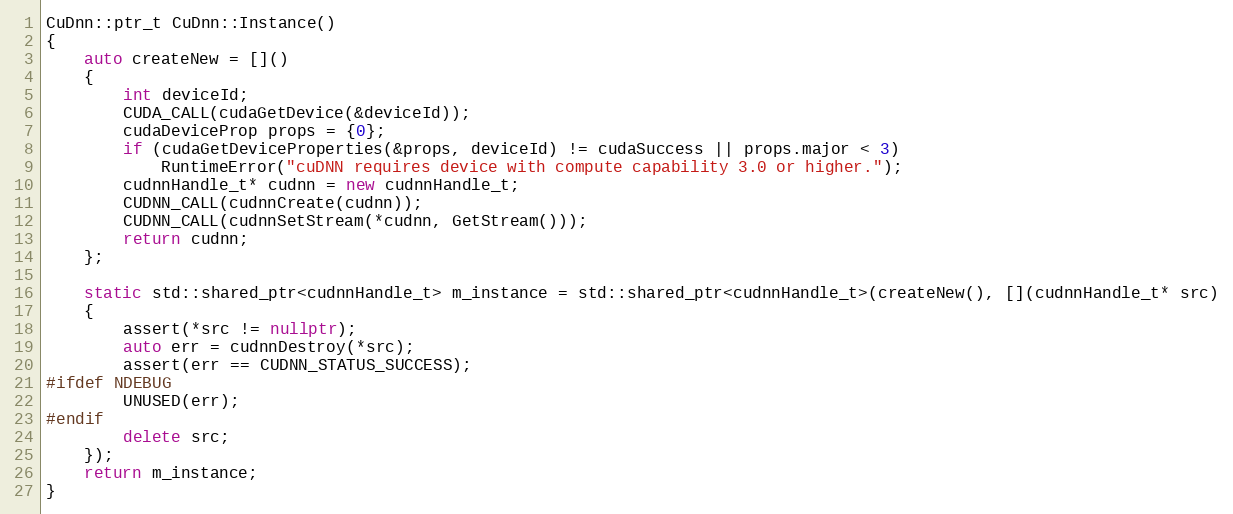
Language: C++
CuDnn::ptr_t CuDnn::Instance()
{
    auto createNew = []()
    {
        int deviceId;
        CUDA_CALL(cudaGetDevice(&deviceId));
        cudaDeviceProp props = {0};
        if (cudaGetDeviceProperties(&props, deviceId) != cudaSuccess || props.major < 3)
            RuntimeError("cuDNN requires device with compute capability 3.0 or higher.");
        cudnnHandle_t* cudnn = new cudnnHandle_t;
        CUDNN_CALL(cudnnCreate(cudnn));
        CUDNN_CALL(cudnnSetStream(*cudnn, GetStream()));
        return cudnn;
    };

    static std::shared_ptr<cudnnHandle_t> m_instance = std::shared_ptr<cudnnHandle_t>(createNew(), [](cudnnHandle_t* src)
    {
        assert(*src != nullptr);
        auto err = cudnnDestroy(*src);
        assert(err == CUDNN_STATUS_SUCCESS);
#ifdef NDEBUG
        UNUSED(err);
#endif
        delete src;
    });
    return m_instance;
}